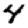
Digit: 4